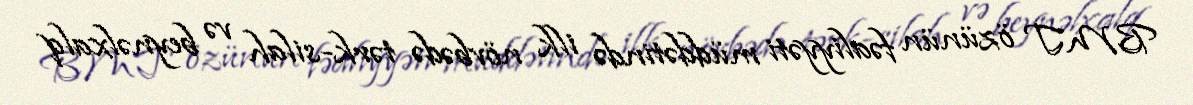
BMT özünün fəaliyyəti müddətində ilk növbədə tərk-silah və beynəlxalq